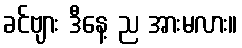
ခင်ဗျား ဒီနေ့ ည အားမလား။